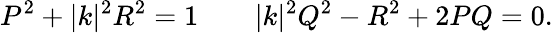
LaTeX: P^{2}+|k|^{2}R^{2}=1\qquad|k|^{2}Q^{2}-R^{2}+2PQ=0.